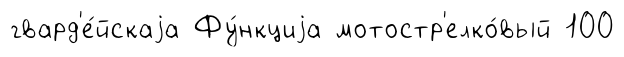
гвард'е́йскаjа Фу́нкциjа мотостр'елко́вый 100